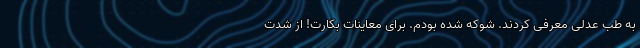
به طب عدلی معرفی کردند. شوکه شده بودم. برای معاینات بکارت! از شدت